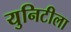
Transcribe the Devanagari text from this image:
युनिटीला